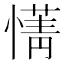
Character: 𫻄